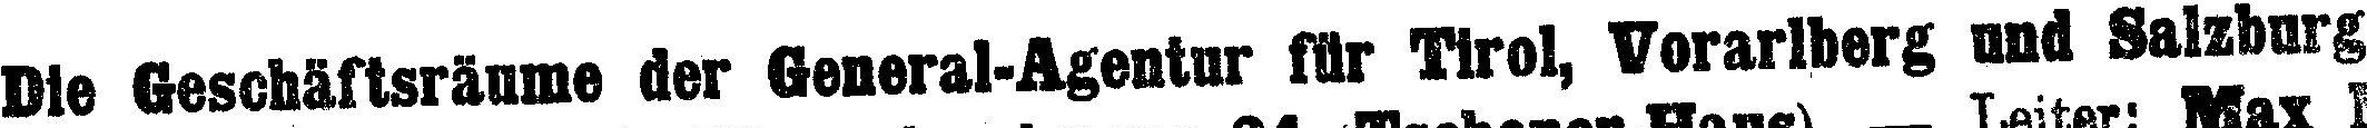
Die Geschäftsräume der General-Agentur für Tirol, Vorarlberg and Salzburg